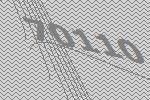
70110